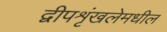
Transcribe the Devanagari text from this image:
द्वीपशृंखलेमधील